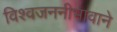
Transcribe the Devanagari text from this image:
विश्वजननीभावाने